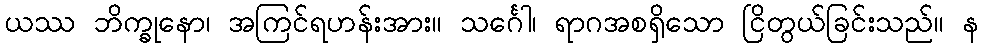
ယဿ ဘိက္ခုနော၊ အကြင်ရဟန်းအား။ သင်္ဂေါ၊ ရာဂအစရှိသော ငြိတွယ်ခြင်းသည်။ န